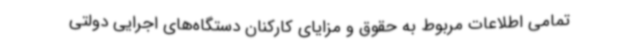
تمامی اطلاعات مربوط به حقوق و مزایای کارکنان دستگاه‌های اجرایی دولتی